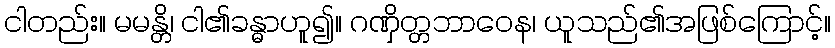
ငါတည်း။ မမန္တိ၊ ငါ၏ခန္ဓာဟူ၍။ ဂဏှိတ္တဘာဝေန၊ ယူသည်၏အဖြစ်ကြောင့်။